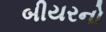
બીયરનો